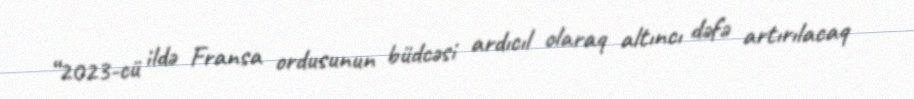
“2023-cü ildə Fransa ordusunun büdcəsi ardıcıl olaraq altıncı dəfə artırılacaq